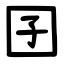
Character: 囝